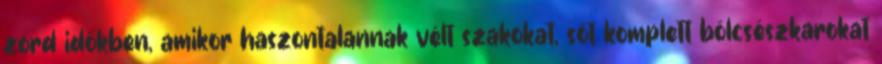
zord időkben, amikor haszontalannak vélt szakokat, sőt komplett bölcsészkarokat